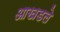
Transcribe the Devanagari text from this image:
आखडले